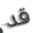
قد